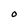
Character: O